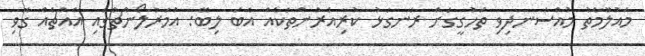
މައުލޫމާތު މުއްސަނދިވި ތަހުގީގަށް ރަނގަޅު ކުރިއެރުންތަކެއް އެބަ ލިބޭ: އުމަރުލޯންޗްގައި އެއްޗެއް ގޮވި